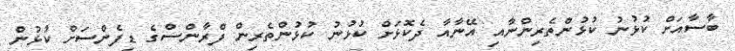
ބާސާއަށް ކުޅުނު ކުޅުންތެރިންނާއި އޭނާއާ ދެކޮޅަށް ކުޅުނު ކުޅުންތެރިން ފްރާންސްގެ ޑިފެންސަށް ކުޅުން